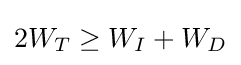
2W_{T}\geq W_{I}+W_{D}